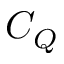
C _ { Q }